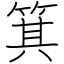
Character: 箕